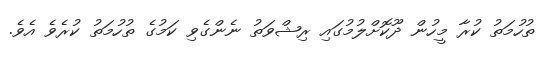
ތުހުމަތު ކުރާ މީހުން ދޫކޮށްލުމުގައި ރިޝްވަތު ނެންގެވި ކަމުގެ ތުހުމަތު ކުރެވެ އެވެ.